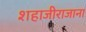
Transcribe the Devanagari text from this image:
शहाजीराजाना